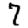
Digit: 7